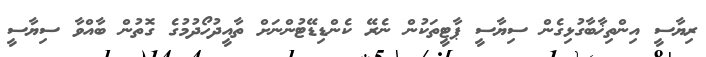
ރިޔާސީ އިންތިޚާބާގުޅިގެން ސިޔާސީ ޕާޓީތަކުން ނެރޭ ކެންޑިޑޭޓުންނަށް ތާއީދުހޯދުމުގެ ގޮތުން ބާއްވާ ސިޔާސީ